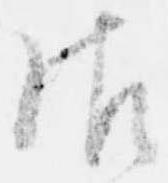
御